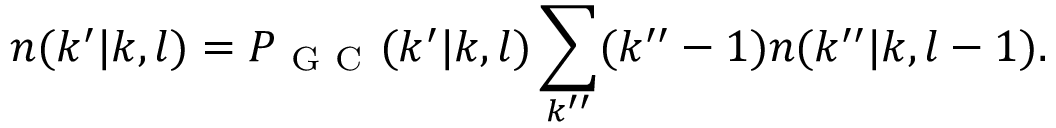
n ( k ^ { \prime } | k , l ) = P _ { \mathrm { ~ G ~ C ~ } } ( k ^ { \prime } | k , l ) \sum _ { k ^ { \prime \prime } } ( k ^ { \prime \prime } - 1 ) n ( k ^ { \prime \prime } | k , l - 1 ) .